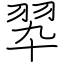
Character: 翆